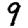
Digit: 9